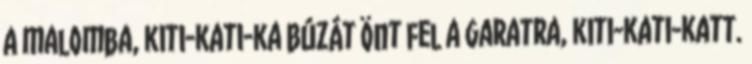
a malomba, kiti-kati-ka Búzát önt fel a garatra, kiti-kati-katt.